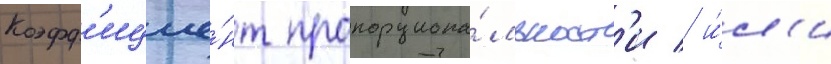
Коэфф'ицие́нт пропорциона́льност'и / и́л'и